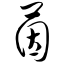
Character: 茵